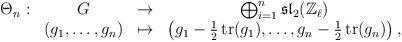
\begin{align*}\begin{array}{cccc}\Theta_n : & G & \to & \bigoplus_{i=1}^n \mathfrak{sl}_2(\mathbb{Z}_\ell)\\& (g_1,\ldots,g_n) & \mapsto & \left( g_1 -\frac{1}{2} \operatorname{tr}(g_1), \ldots, g_n -\frac{1}{2} \operatorname{tr}(g_n) \right),\end{array}\end{align*}